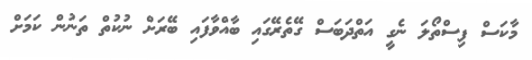
މާކަސް ފިސްތޯލަ ނެގީ އަތްދަބަސް ގޭތެރޭގައި ބާއްވާފައި ބޭރަށް ނުކުތް ތަނުން ކަމަށް